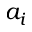
a _ { i }